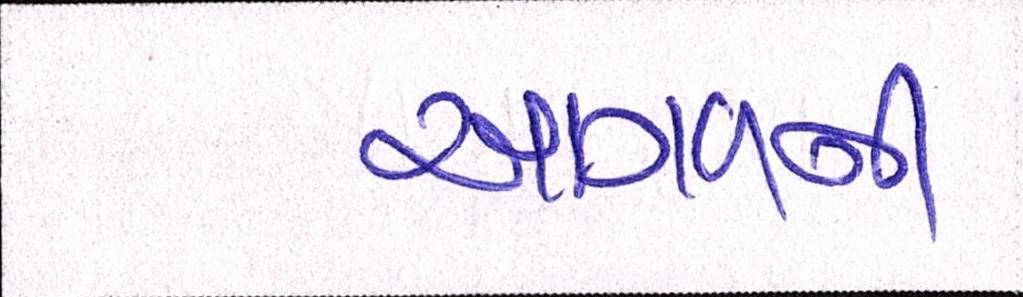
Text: આગળની